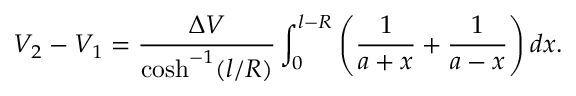
V _ { 2 } - V _ { 1 } = \frac { \Delta V } { \cosh ^ { - 1 } ( l / R ) } \int _ { 0 } ^ { l - R } \left( \frac { 1 } { a + x } + \frac { 1 } { a - x } \right) d x .